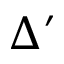
\Delta ^ { \prime }